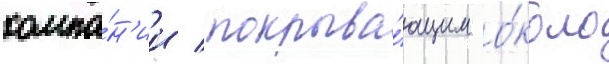
компа́н'ии / покрыва́ющим о́коло